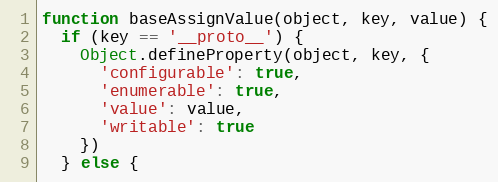
Language: JavaScript
function baseAssignValue(object, key, value) {
  if (key == '__proto__') {
    Object.defineProperty(object, key, {
      'configurable': true,
      'enumerable': true,
      'value': value,
      'writable': true
    })
  } else {